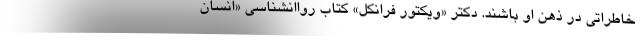
خاطراتی در ذهن او باشند. دکتر «ویکتور فرانکل» کتاب رواانشناسی «انسان